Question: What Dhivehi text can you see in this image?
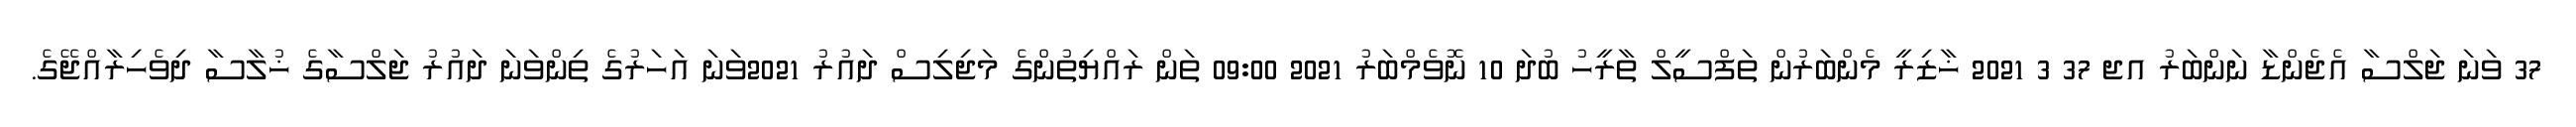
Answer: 37 ވަނަ ޖަލްސާ އެޖެންޑާ ނަންބަރު އޖ 37 3 2021 ޚާޒިރީ މެންބަރުން ތަފްސީލް ތާރީހު ބުދަ 10 ނޮވެމްބަރު 2021 09:00 ތަން ރައްޔިތުންގެ މަޖިލިސް ދައުރު 2021ވަނަ އަހަރުގެ ތިންވަނަ ދައުރު ޖަލްސާގެ ޚުލާސާ ދިވެހިރާއްޖޭގެ.